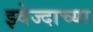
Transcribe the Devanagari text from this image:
झ्वेज्दाच्या